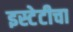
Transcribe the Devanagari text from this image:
इस्टेटीचा